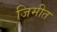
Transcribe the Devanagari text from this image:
जिमीत